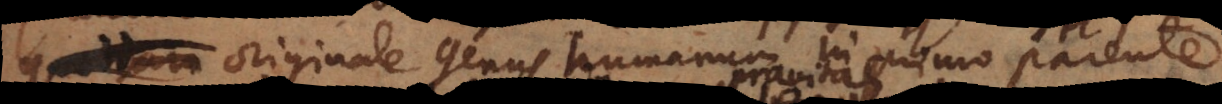
quoddam originale genus humanum in primo parente